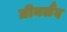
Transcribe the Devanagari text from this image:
ग्रीनलैंद